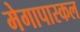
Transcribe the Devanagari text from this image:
मेगापास्कल